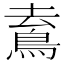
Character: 𩿟